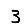
Digit: 3